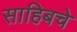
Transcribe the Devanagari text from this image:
साहिबचे